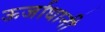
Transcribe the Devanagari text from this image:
ऊर्जाधानी